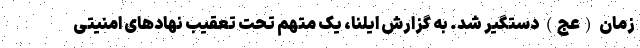
زمان (عج) دستگیر شد. به گزارش ایلنا، یک متهم تحت تعقیب نهاد‌های امنیتی